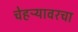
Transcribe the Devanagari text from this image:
चेहऱ्यावरचा